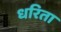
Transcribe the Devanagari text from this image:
धरिता